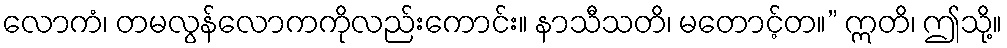
လောကံ၊ တမလွန်လောကကိုလည်းကောင်း။ နာသီသတိ၊ မတောင့်တ။” ဣတိ၊ ဤသို့။